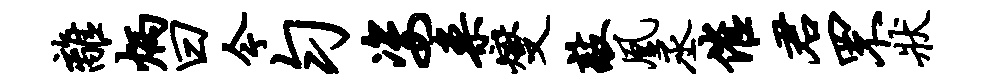
离炳曰今匀姿案燮敲凰丞催君罘状